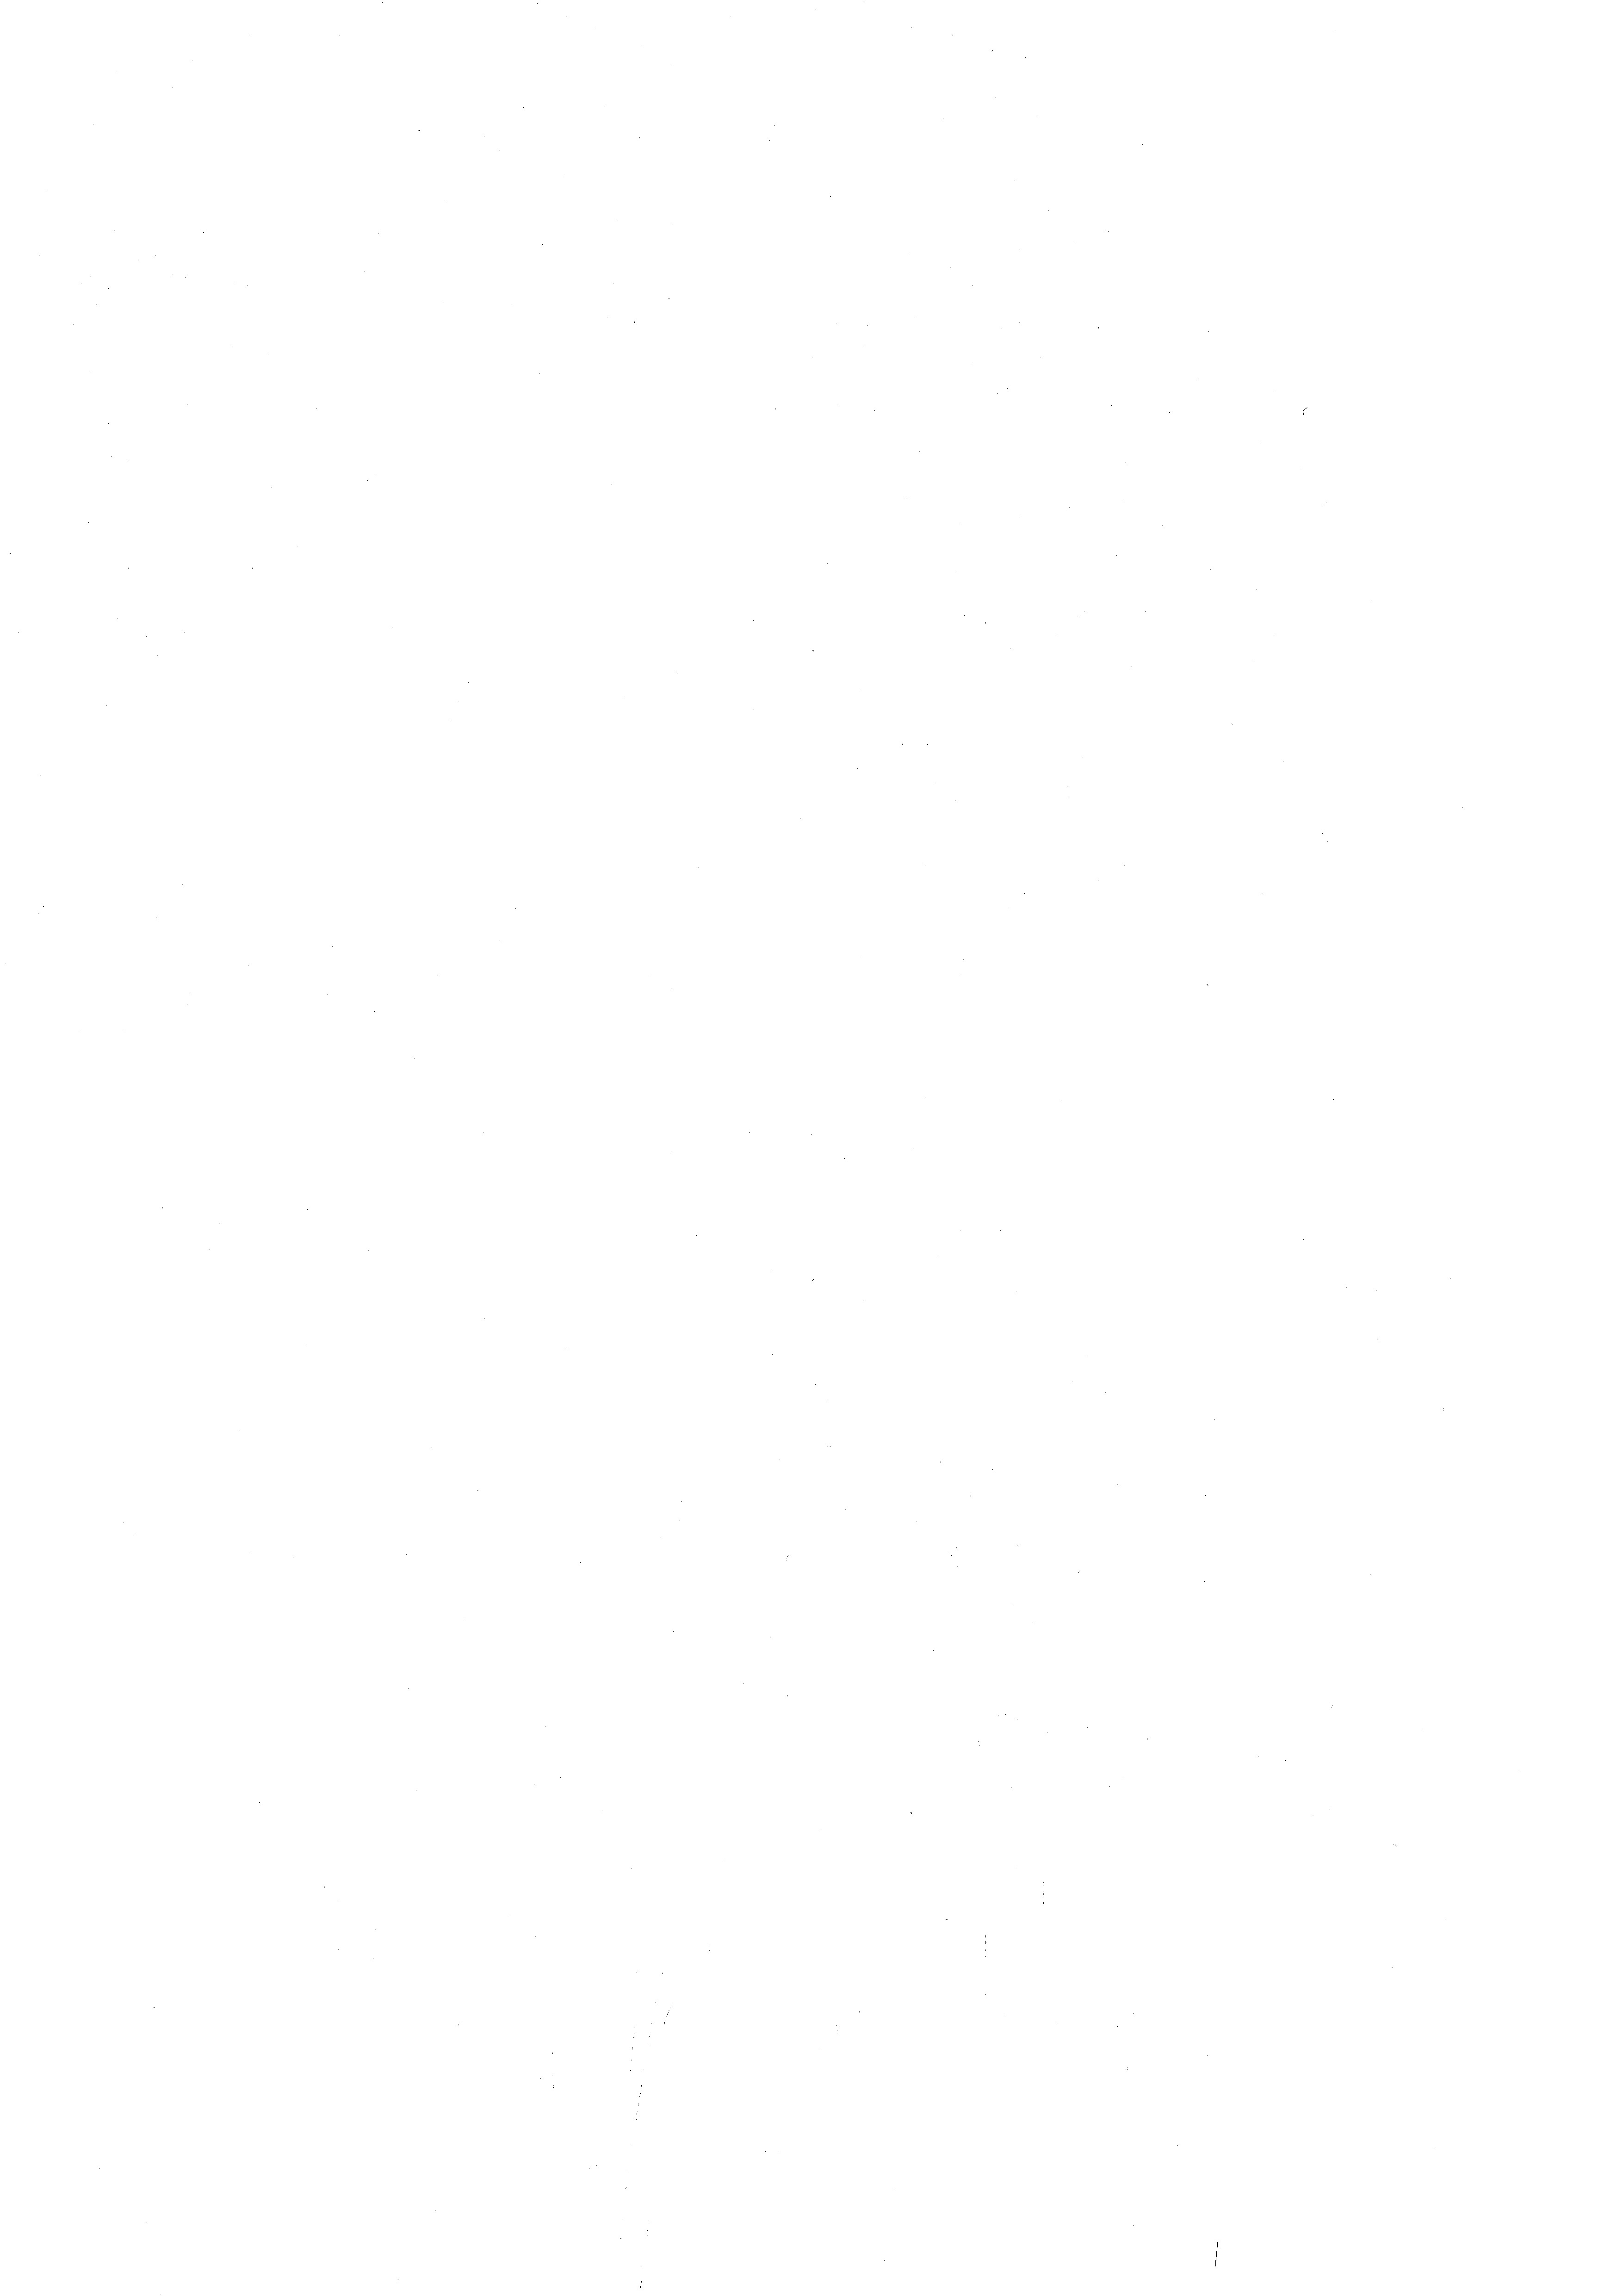
n

2

e

.
e

.
e
e

n

e
.

3

d

n

¬

n

n

.

e

e

e
¬
e

e
8

E
¬

d

¬

e

¬

e
e
e
n
e
e
.
e
e
n
.
e
¬
e
e
e
.
.
n
e
e
e

e

¬

.

e

e

.
.
¬
e
e
e
e
¬
e
¬
.
n
¬
d

e
.
e
¬

e

s

¬

n

e

n

2

e

e
e
e
¬
e
e
¬
.
n
e
e
e
.
e

e
e
¬

n

n

e

e